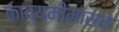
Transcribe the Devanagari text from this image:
काव्यमीमांसक